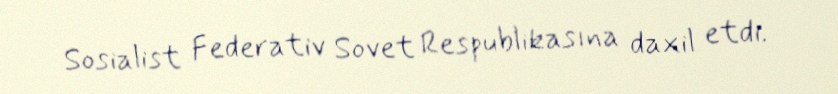
Sosialist Federativ Sovet Respublikasına daxil etdi.